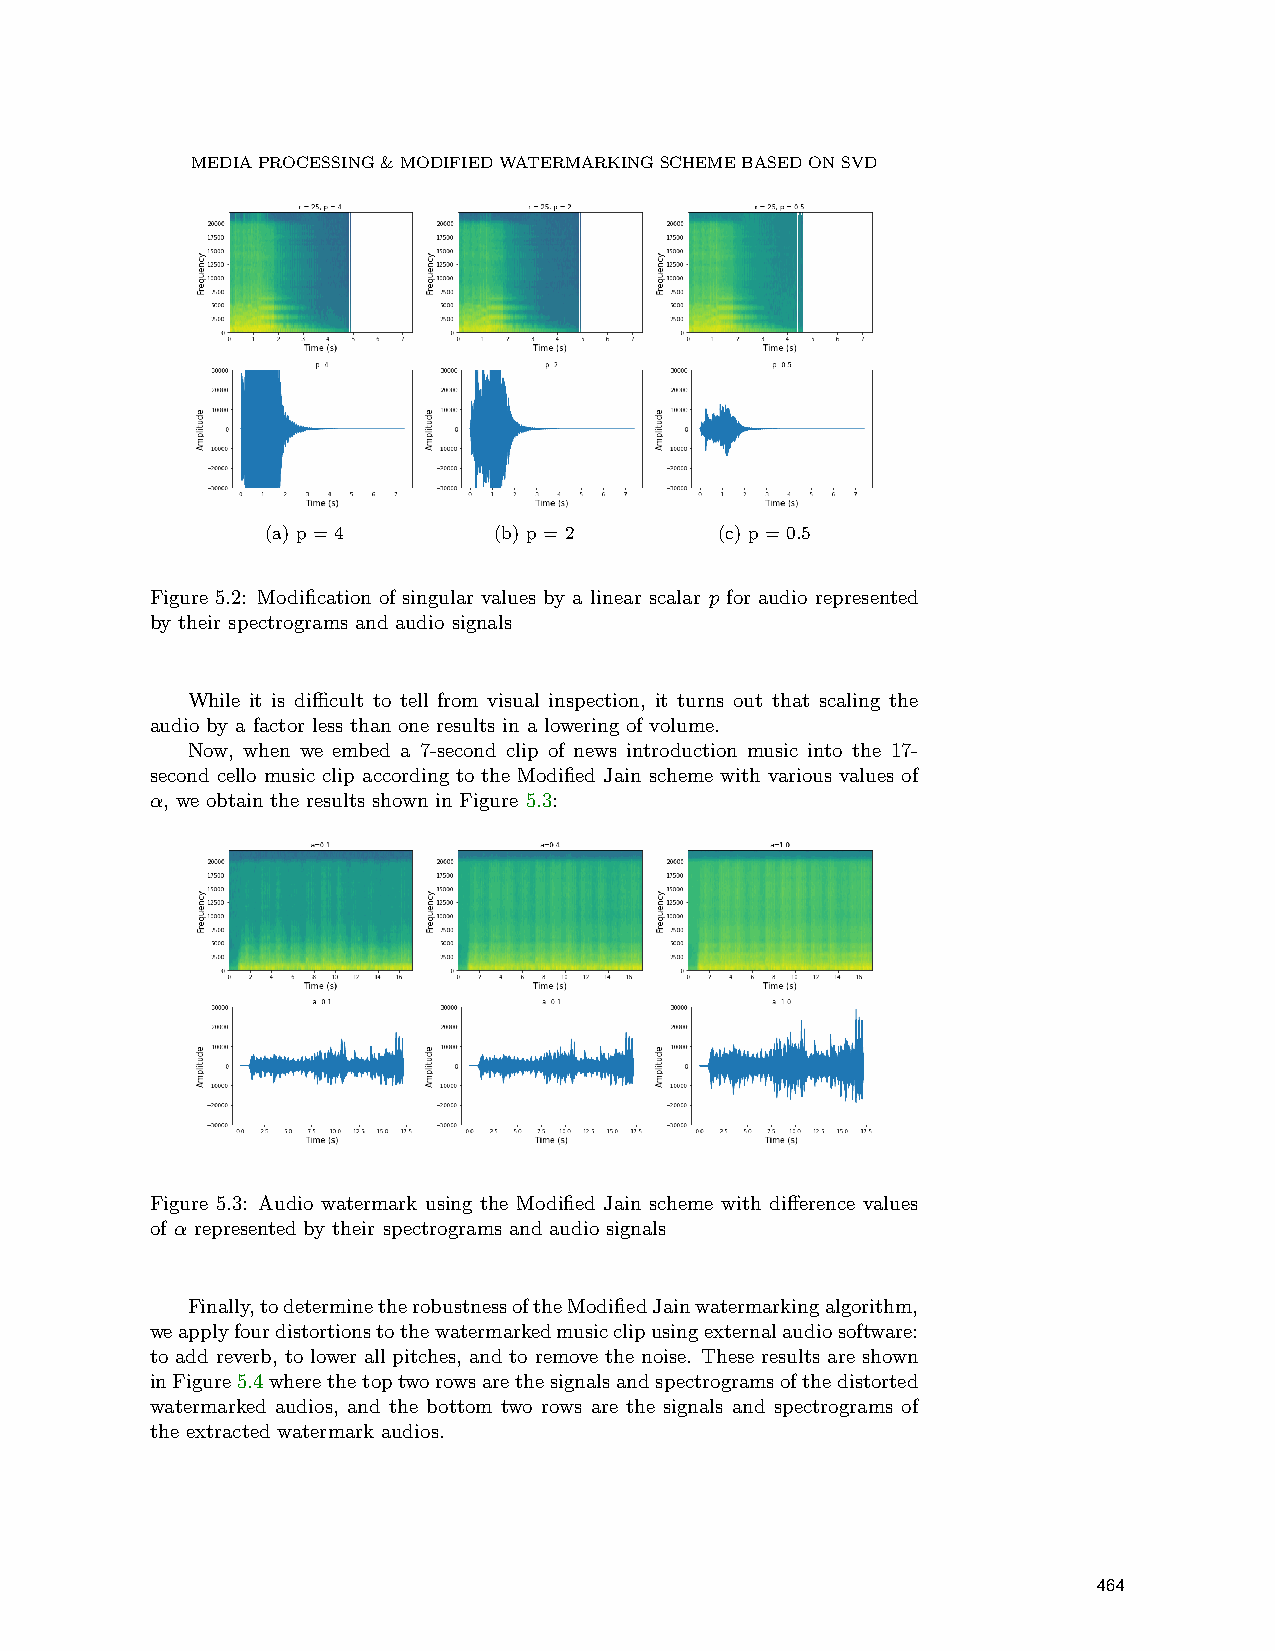
MEDIA PROCESSING & MODIFIED WATERMARKING SCHEME BASED ON SVD
 (a) p = 4      (b) p = 2      (c) p = 0.5
 Figure 5.2: Modification of singular values by a linear scalar p for audio represented
 by their spectrograms and audio signals
 While it is difficult to tell from visual inspection, it turns out that scaling the
 audio by a factor less than one results in a lowering of volume.
 Now, when we embed a 7-second clip of news introduction music into the 17-
 second cello music clip according to the Modified Jain scheme with various values of
 α, we obtain the results shown in Figure 5.3:
 Figure 5.3: Audio watermark using the Modified Jain scheme with difference values
 of α represented by their spectrograms and audio signals
 Finally,todeterminetherobustnessoftheModifiedJainwatermarkingalgorithm,
 weapplyfourdistortionstothewatermarkedmusicclipusingexternalaudiosoftware:
 to add reverb, to lower all pitches, and to remove the noise. These results are shown
 inFigure5.4wherethetoptworowsarethesignalsandspectrogramsofthedistorted
 watermarked audios, and the bottom two rows are the signals and spectrograms of
 the extracted watermark audios.
 464